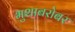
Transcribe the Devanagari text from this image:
भुशाबरोबर